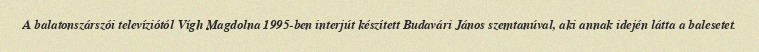
A balatonszárszói televíziótól Vígh Magdolna 1995-ben interjút készített Budavári János szemtanúval, aki annak idején látta a balesetet.